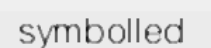
symbolled